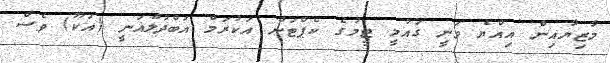
މާޒިޔާއިން އިއްޔެ ވަނީ ގައުމީ ޓީމުގެ ކެޕްޓަން އަކުރަމް އަބްދުލްޣަނީ (އަކޫ) ވެސް